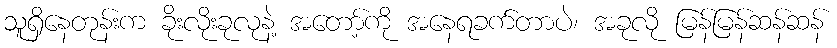
သူရှိနေတုန်းက ခိုးလိုးခုလုနဲ့ အတော့်ကို အနေရခက်တာပဲ၊ အခုလို မြန်မြန်ဆန်ဆန်